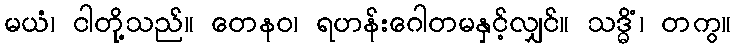
မယံ၊ ငါတို့သည်။ တေနဝ၊ ရဟန်းဂေါတမနှင့်လျှင်။ သဒ္ဓိံ၊ တကွ။